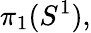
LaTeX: \pi_{1}(S^{1}),